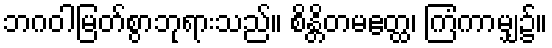
ဘဂဝါမြတ်စွာဘုရားသည်။ စိန္တိတမဧတ္ထ၊ ကြံကာမျှ၌။